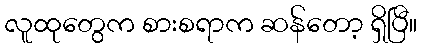
လူထုတွေက စားစရာက ဆန်တော့ ရှိပြီ။